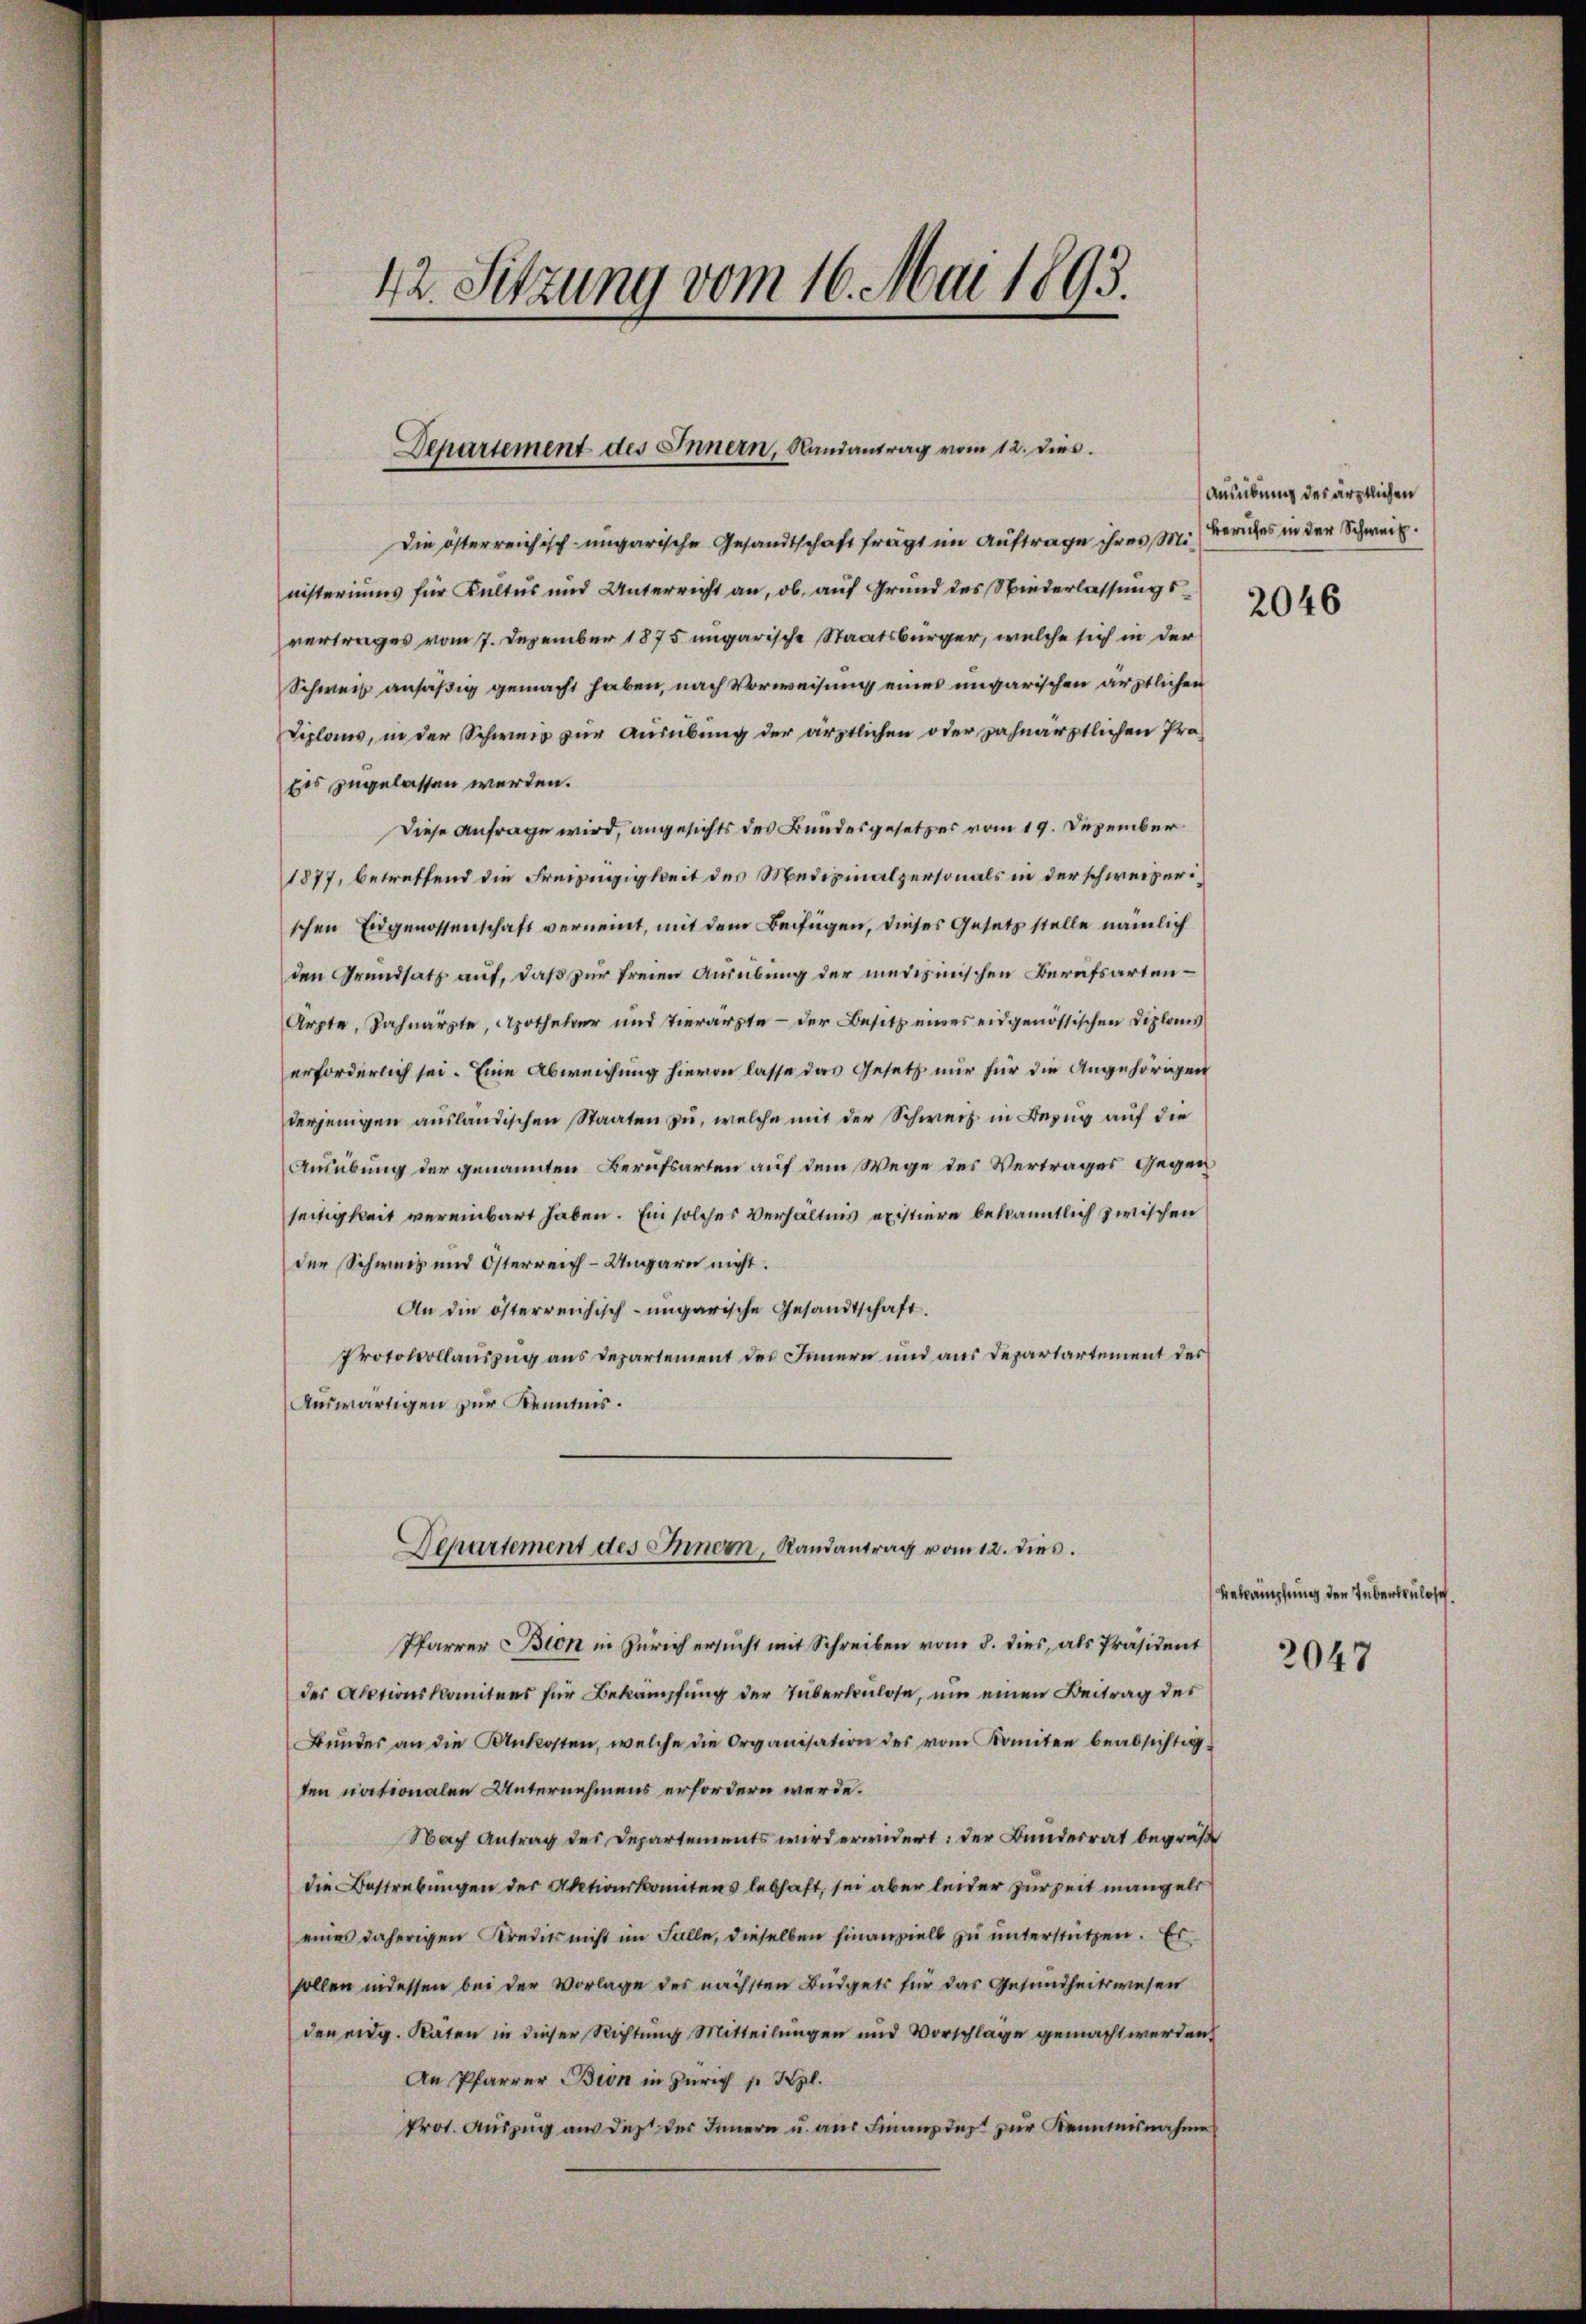
42. Sitzung vom 16. Mai 1893.

Departement des Innern, Randantrag vom 12. dies

Die österreichisch-ungarische Gesandtschaft fragt im Auftrage ihres Ministeriums für Kultus und Unterricht an, ob, auf Grund des Niederlassungsvertrages vom 7. Dezember 1875 ungarische Staatsbürger, welche sich in der
Schweiz ansäßig gemacht haben, nach Vorweisung eines ungarischen ärztlichen
Diploms, in der Schweis zur Ausübung der ärztlichen oder zahnarztlichen Pro-
Eis zugelassen werden.
Diese Anfrage wird, angesichts des Bundesgesetzes vom 19. Dezember
1877, betreffend die Freizügigkeit des Medizinalpersonals in der schweizerischen Eidgenossenschaft vernennt, mit dem Beifügen, dieses Gesetz stelle nämlich
den Grundsatz auf, daß zur freien Ausübung der medizinischen Berufsarten¬
Arzte, Sahnarzte, Apotheker und Tierärzte — der Besitz eines eidgenössischen Diploms
erforderlich sei. Eine Abweichung hievon lasse das Gesetz nur für die Angehörigen
derjenigen ausländischen Staaten zu, welche mit der Schweiz in Bezug auf die
Ausübung der genannten Berufsarten auf dem Wege des Vertrages gegen
seitigkeit vereinbart haben. Ein solches Verhältnis existiere bekanntlich zwischen
der Schweis und Österreich-Ungarn nicht.
An die österreichisch-ungarische Gesandtschaft.
Protokollauszug aus Departement des Innern und aus Departartement des
Auswärtigen zur Kenntnis.
Departement des Innern, Randantrag vom 12. dies.
Pfarrer Bion in Zürich ersucht mit Schreiben vom 8. dies, als Präsident
der Actionskomitees für Bekämpfung der Tuberkulose, um einen Beitrag des
Bŭndes an die Unkosten, welche die Organisation des vom Komiten beabsichtig-
ten nationalen Unternehmens erfordern werde.
Nach Antrag des Departements wird erwidert: der Bunderrat begrüße
die Bestrebungen der Aktionskomitens lebhaft, sei aber leider zur Zeit mangels
eines daherigen Kredits nicht im Falle, dieselben finanziell zu unterstützen. Es
sollen indessen bei der Vorlage des nächsten Büdgets für das Gesundheitswesen
den eidg. Räten in dieser Richtung Mitteilungen und Vorschläge gemacht werden
An Pfarrer Bion in Zürich p. Kgl.
Prot. Auszug aus des der Innern u. aus Finanzde zur Kenntnisnahme

Ausübung des ärztlichen
Berufes in der Schweiz.

2046

Bekämpfung der Tuberkulosch

2047